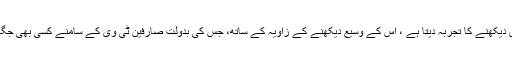
ایل جی کایہ ٹی وی زیادہ پرسکون تھری ڈی ٹی وی دیکھنے کا تجربہ دیتا ہے ، اس کے وسیع دیکھنے کے زاویہ کے ساتھ، جس کی بدولت صارفین ٹی وی کے سامنے کسی بھی جگہ بیٹھ کر مکمل تھری ڈی تصاویردیکھ سکتے ہیں ۔